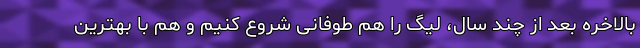
بالاخره بعد از چند سال، لیگ را هم طوفانی شروع کنیم و هم با بهترین